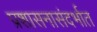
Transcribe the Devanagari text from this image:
प्रशासनासंदर्भात